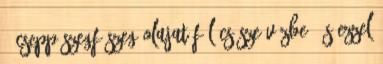
5 csepp szegfűszeg olajat fél csésze vízbe, és ezzel